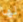
لها